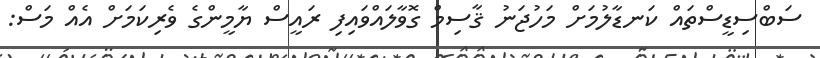
ސަބްސިޑީސްތައް ކަނޑާލުމަށް މަހުޖަނު ޤާސިމް ގޮވާލައްވައިފި ރައީސް ޔާމީންގެ ވެރިކަމަށް އެއް މަސް: